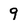
Character: 9